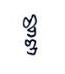
ឌ្ឌ